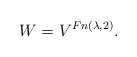
\begin{align*} W=V^{Fn({\lambda},2)}.\end{align*}